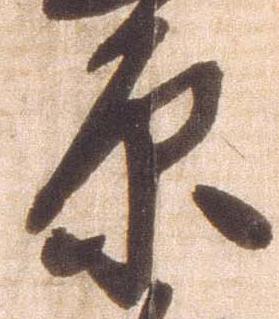
原